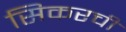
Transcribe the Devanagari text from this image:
सिकरची